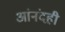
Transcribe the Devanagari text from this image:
आंनंदही